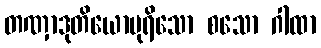
တဏှာဒုတိယောပုရိသော စသော ဂါထာ